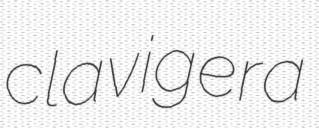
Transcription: clavigera